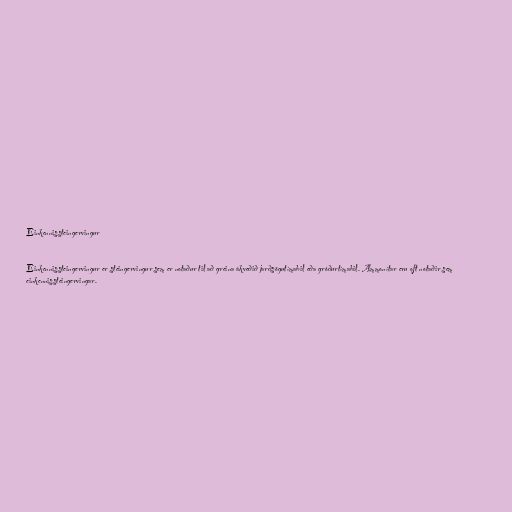
Einkennissteingervingur

Einkennissteingervingur er steingervingur sem er notaður til að greina ákveðið jarðsögutímabil eða gróðurtímabil. Ammonítar eru oft notaðir sem
einkennissteingervingar.